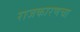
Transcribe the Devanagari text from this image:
राजकारणचा